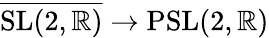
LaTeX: {\overline{{\mathrm{SL}(2,\mathbb{R})}}}\to\mathrm{PSL}(2,\mathbb{R})